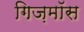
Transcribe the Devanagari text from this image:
गिज़मॉस